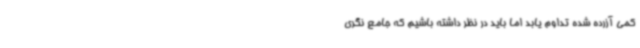
کمی آزرده شده تداوم یابد اما باید در نظر داشته باشیم که جامع نگری